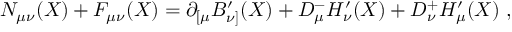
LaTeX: N _ { \mu \nu } ( X ) + F _ { \mu \nu } ( X ) = \partial _ { [ \mu } B _ { \nu ] } ^ { \prime } ( X ) + D _ { \mu } ^ { - } H _ { \nu } ^ { \prime } ( X ) + D _ { \nu } ^ { + } H _ { \mu } ^ { \prime } ( X ) \ ,